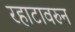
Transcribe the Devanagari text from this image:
रहाटावरुन